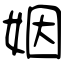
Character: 姻